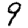
Digit: 9